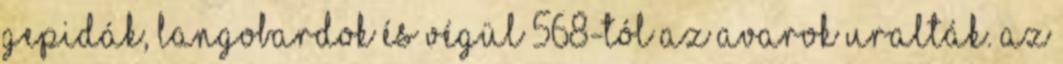
gepidák, langobardok és végül 568-tól az avarok uralták. Az